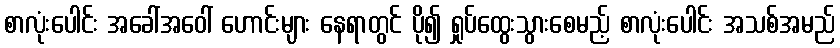
စာလုံးပေါင်း အခေါ်အဝေါ် ဟောင်းများ နေရာတွင် ပို၍ ရှုပ်ထွေးသွားစေမည့် စာလုံးပေါင်း အသစ်အမည်